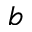
b